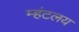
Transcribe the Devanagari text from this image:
म्हंटलय